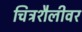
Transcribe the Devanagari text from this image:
चित्रशैलीवर